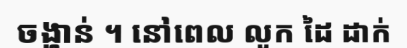
ចង្ហាន់ ។ នៅពេល លូក ដៃ ដាក់